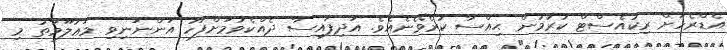
އެޑްރެހަށް ރިކުއެސްޓް ކުރުމުން ޙިއްސާ ކުރެވޭނެއެވެ. އަދިފައިސާ ދެއްކެވުމަށްފަހު އަންނަނިވި މަޢުލޫމާތު މި